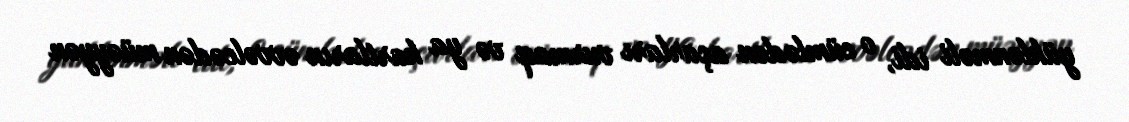
yüklənməli idi, o cümlədən açarları vurmaq və ya kartların əvvəlcədən müəyyən